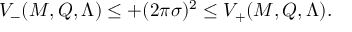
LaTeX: V _ { - } ( M , Q , \Lambda ) \leq + ( 2 \pi \sigma ) ^ { 2 } \leq V _ { + } ( M , Q , \Lambda ) .